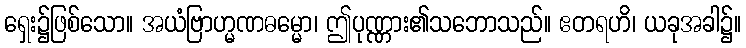
ရှေး၌ဖြစ်သော။ အယံဗြာဟ္မဏဓမ္မော၊ ဤပုဏ္ဏား၏သဘောသည်။ ဧတရဟိ၊ ယခုအခါ၌။